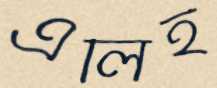
এলিই